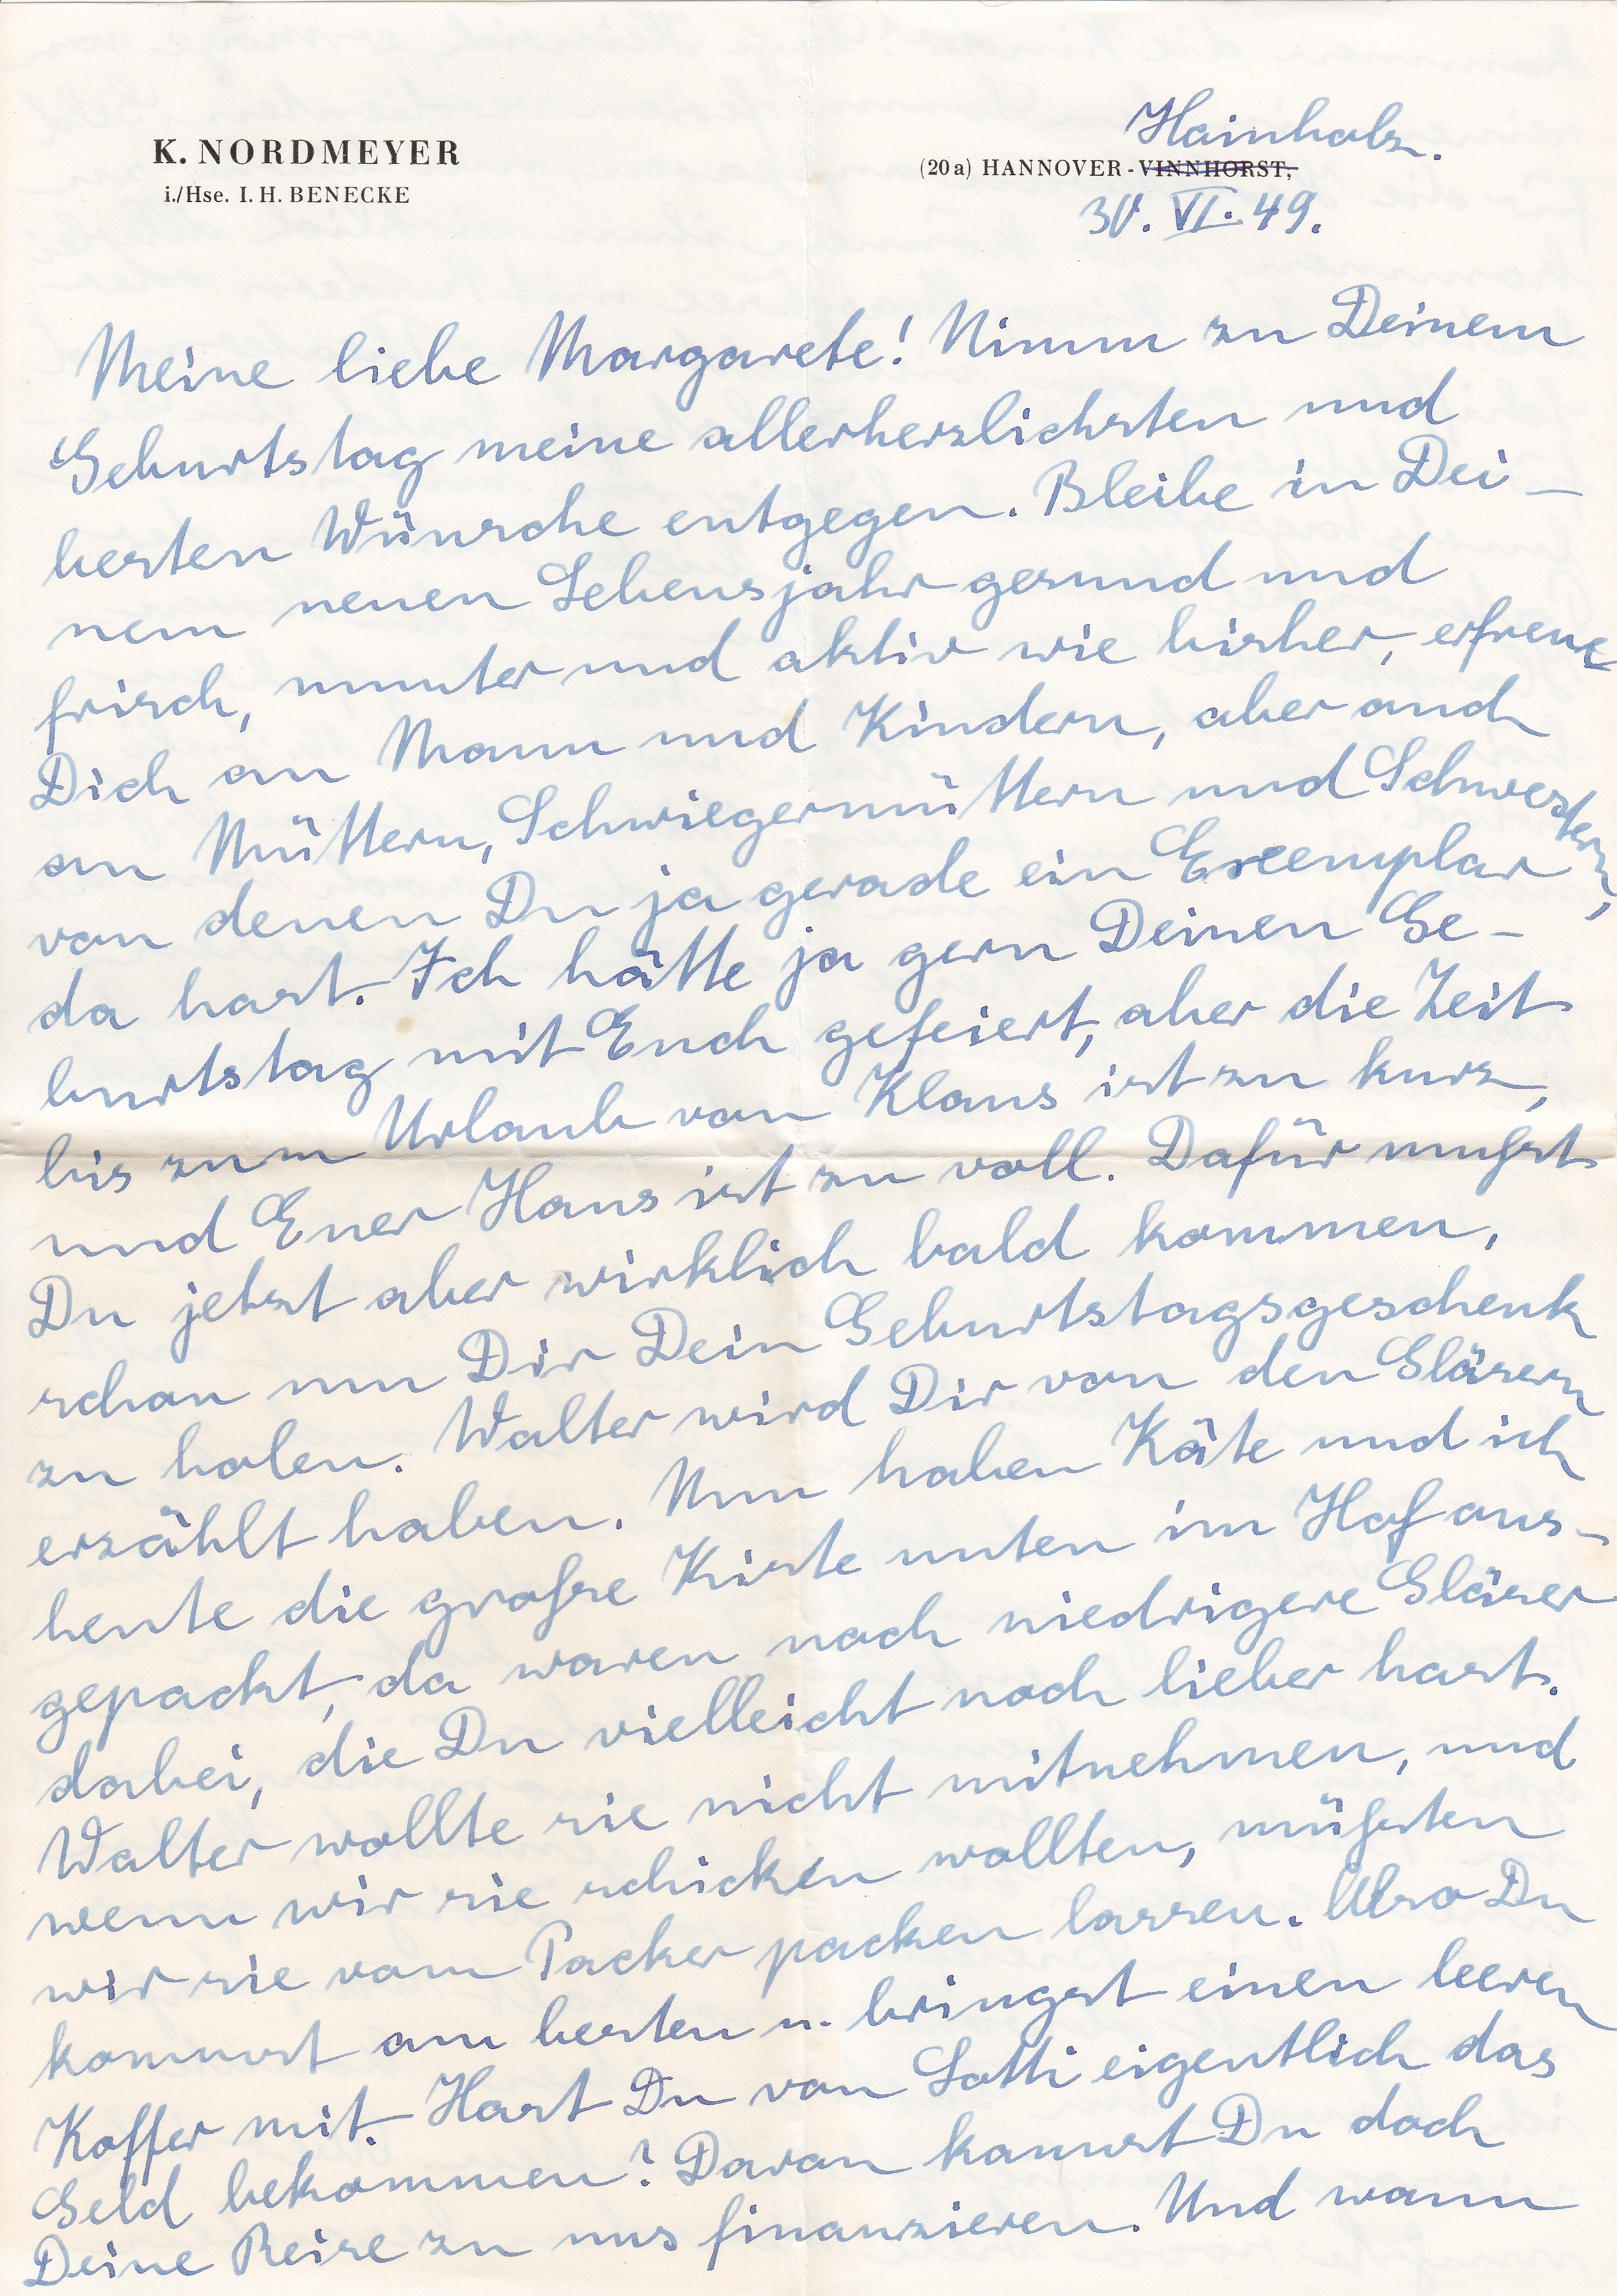
Hainholz
30. VI. 49
Meine liebe Margarete! Nimm zu Deinem
Geburtstag meine allerherzlichsten und
besten Wünsche entgegen Bleibe in Dei
nem neuen Lebensjahr gesund und
frisch, munter und aktiv wie bisher, erfreue
Dich an Mann und Kundern, aber auch
an Müttern, Schwiegermütternn und Schwestern
von denen Du ja gerade ein Exemplar
da hast. Ich hätte ja gern Deinen Ge
burtstag mit Euch gefeiert, aber die Zeit
bis zum Urlaub von Klaus ist zu kurz,
und Euer Haus ist zu voll. Dafür mußt
Du jetzt aber wirklich bald kommen,
schon um Dir Dein Geburtstagsgeschenk
zu holen. Walter wird Dir von den Gläsern
erzählt haben. Nun haben Käte und ich
heute die große Kiste im Hof aus
gepackt da waren noch niedrigere Gläser
dabei die Du vielleicht noch lieber hast.
Walter wollte sie nicht mitnehmen, und
wenn wir sie schicken wollten, müßten
wir sie von Packer packen lassen. Also Du
kommst am besten u. bringst einen leeren
Koffer mit. Hast Du von Lotti eigentlich das
Geld bekommen? Davon kannst Du doch
Deine Reise zu uns finanzieren. Und wann